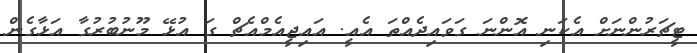
ޓީޗަރުންނަށް އެކަނި އޮންނަ ގަވައިދެއްތަ އެއީ. އައިޖީއެމްއެޗް ގަ އުޅޭ މޫނުބުރުގާ އަޅާގެން